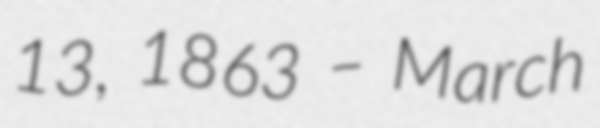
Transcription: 13, 1863 – March